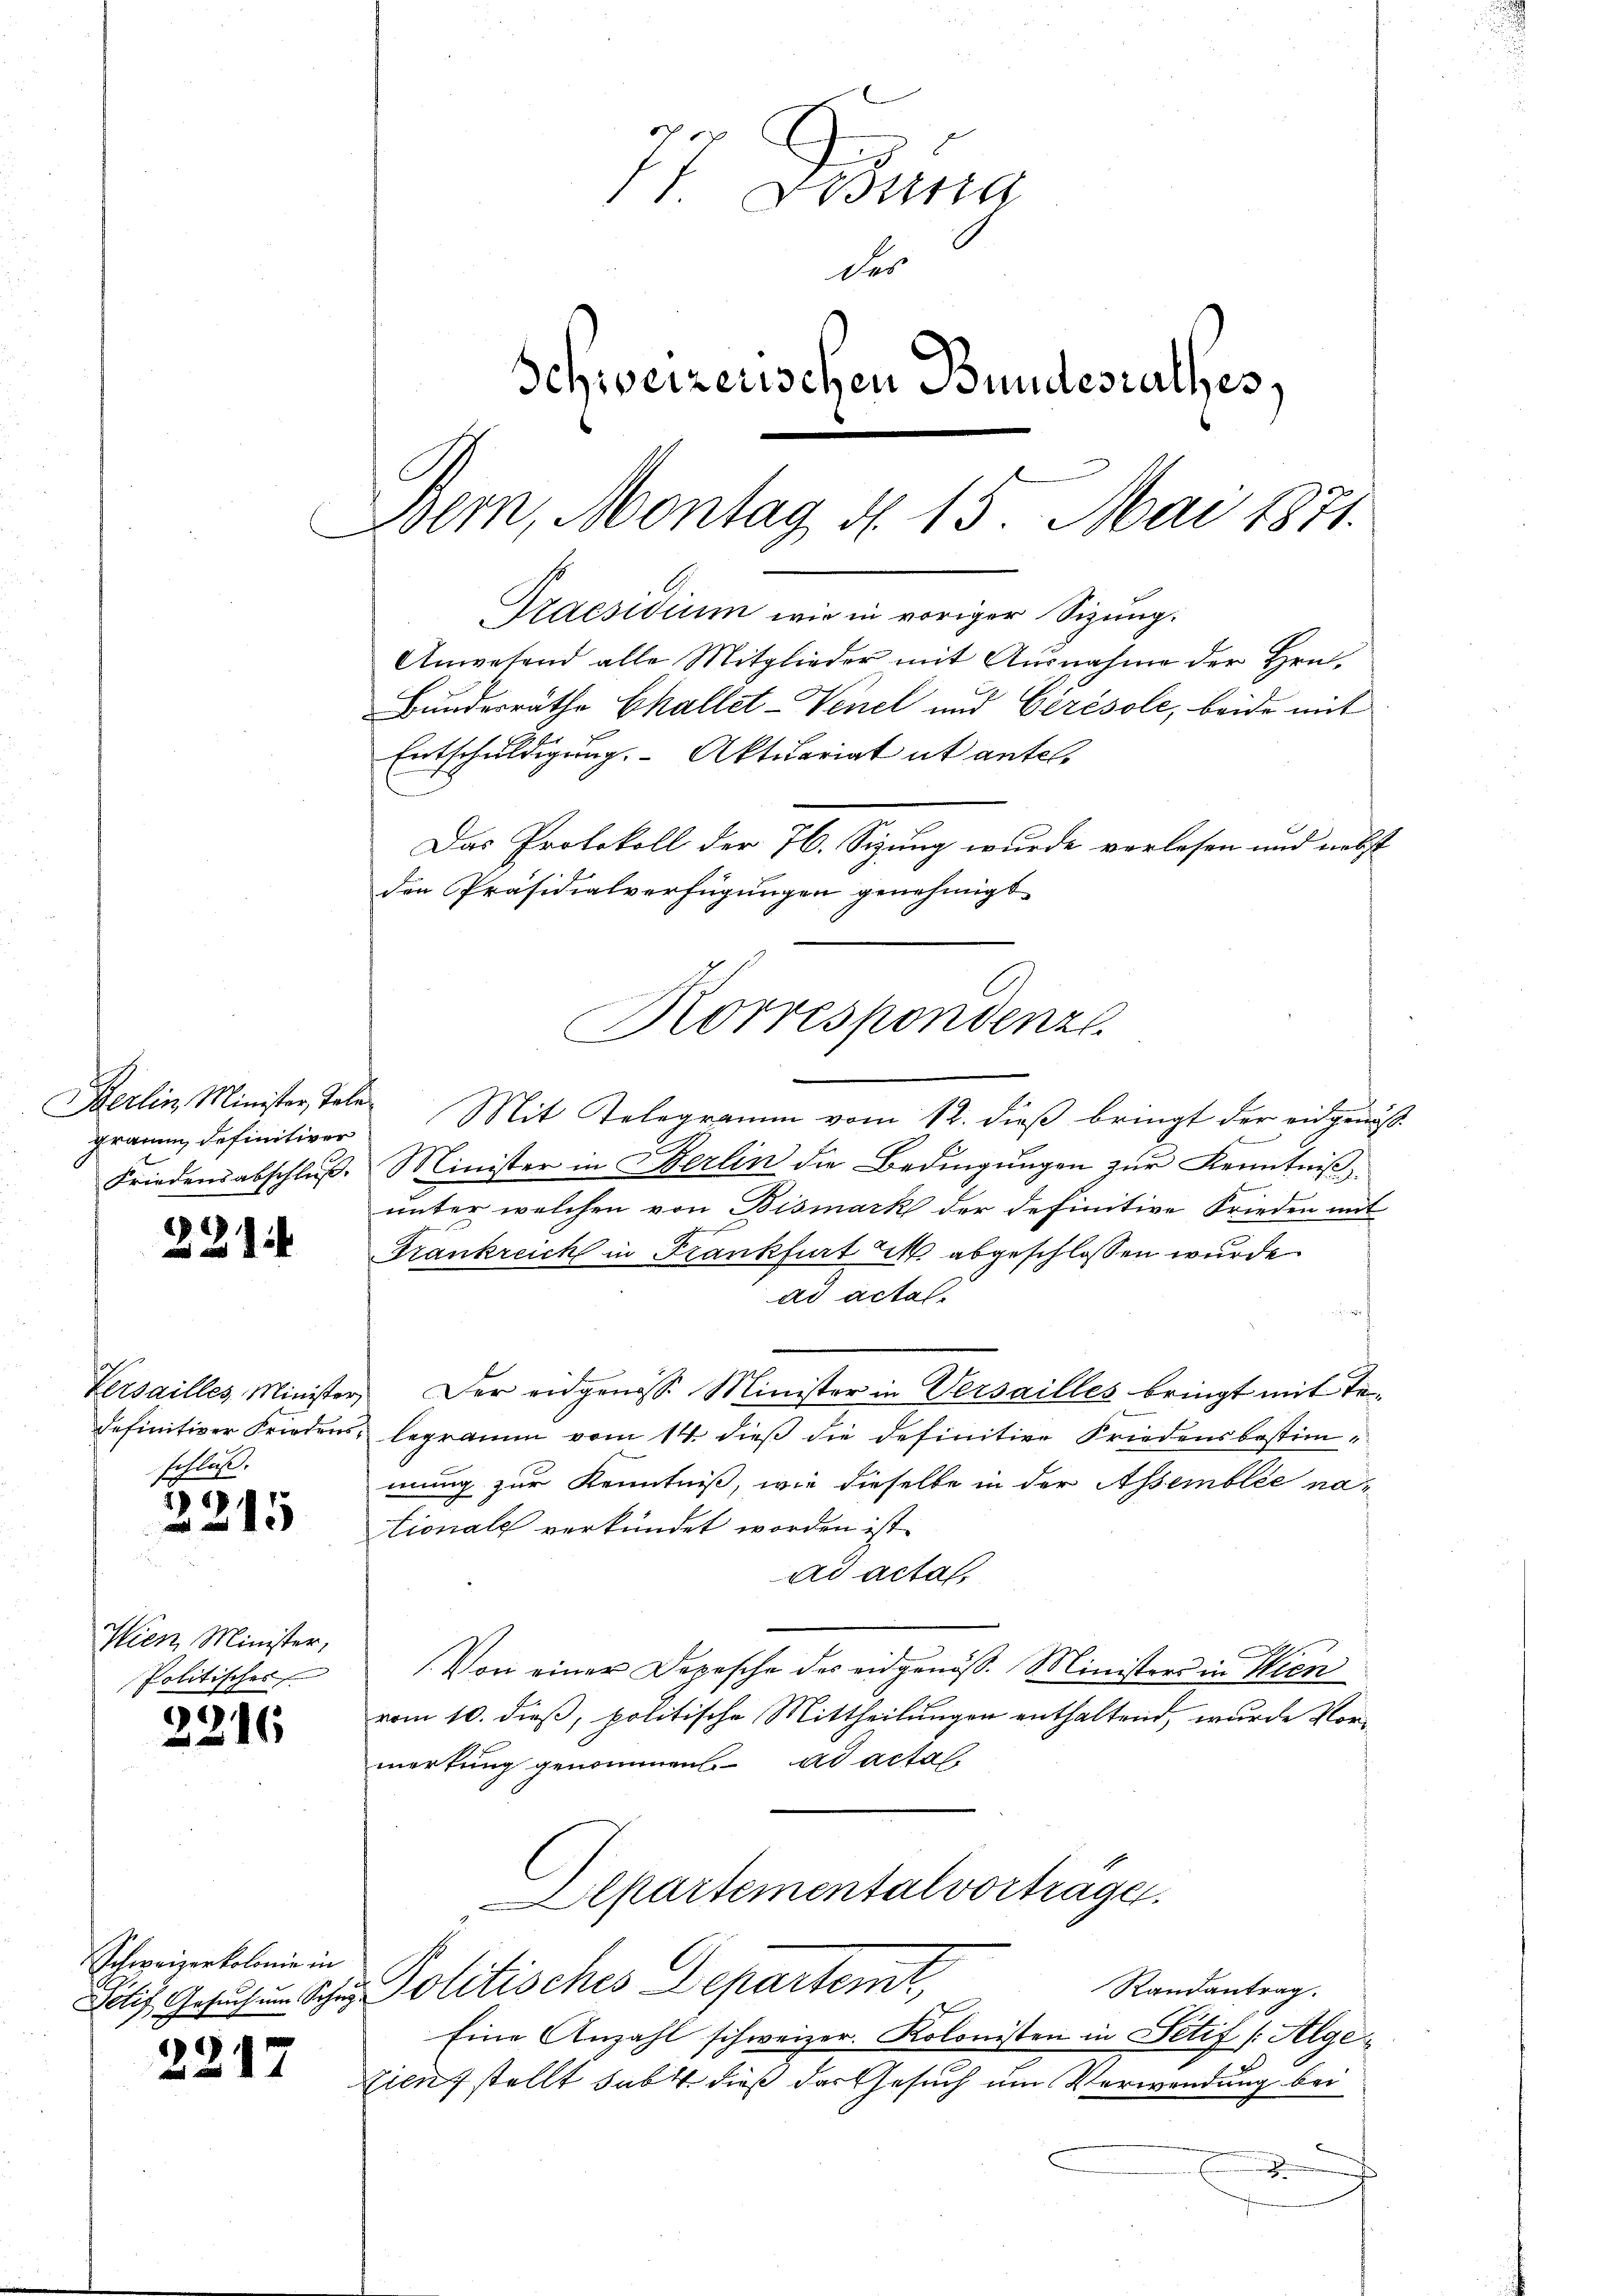
gramm definitiver
Friedensabschluß.

221

schluß.

2215

Wien Minister,
Politisches

2216

Schweizerkolonie in

2217

Da
des
Schweizerischen Bundesrathes,
Bem, Montag d. 15. Mai 1871.

Praesidium wir in voriger Sizung.
Entschuldigung. Aktuariat ut antel,
Das Protokoll der 76. Sizung wurde verlesen und nebst
den Präsidialverfügungen genehmigt.
Korrespondenzl

Anwesend alle Mitglieder mit Ausnahme der Hrn.
Bundesräthe Challet-Venel und Cerésole, beide mit

Berlin Minister Tale Mit Telegramm vom 12. dieβ bringt der eidgenöß
Minister in Berlin die Bedingungen zur Kenntniß,
unter welchen von Bismark der definitive Frieden mit
Frankreich in Frankfurt c. abgeschlossen wurde.
ad actal.
e
Versailles Minister. Der eidgenöss. Minister in Versailles bringt mit Tedefinitiver Friedens, legramm vom 14. dieβ die definitive Friedensbestimmung zur Kenntniß, wie dieselbe in der Assemblée na-
tionale verkündet worden ist.
ad acta,
Von einer Depesche des eidgenöß. Ministers in Wien
vom 10. dieß, politische Mittheilungen enthaltend, wurde Vormerkung genommen. ad actali
partementalvortrage.
Randantrag.
Potiz, Gesuch um Schen Politisches Departemt,
Eine Anzahl schweizer. Kolonisten in Petif /:Alge¬
Diens stellt sab 4. dieß der Gesuch um Verwendung bei